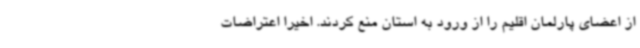
از اعضای پارلمان اقلیم را از ورود به استان منع کردند. اخیرا اعتراضات